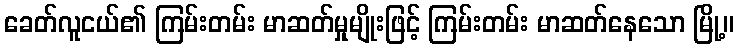
ခေတ်လူငယ်၏ ကြမ်းတမ်း မာဆတ်မှုမျိုးဖြင့် ကြမ်းတမ်း မာဆတ်နေသော မြို့။